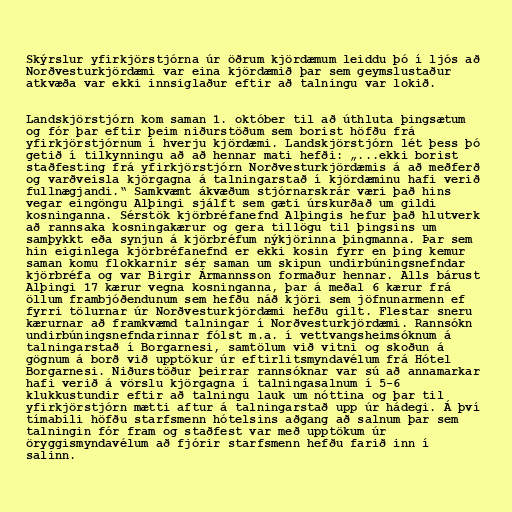
Skýrslur yfirkjörstjórna úr öðrum kjördæmum leiddu þó í ljós að
Norðvesturkjördæmi var eina kjördæmið þar sem geymslustaður
atkvæða var ekki innsiglaður eftir að talningu var lokið.

Landskjörstjórn kom saman 1. október til að úthluta þingsætum
og fór þar eftir þeim niðurstöðum sem borist höfðu frá
yfirkjörstjórnum í hverju kjördæmi. Landskjörstjórn lét þess þó
getið í tilkynningu að að hennar mati hefði: „...ekki borist
staðfesting frá yfirkjörstjórn Norðvesturkjördæmis á að meðferð
og varðveisla kjörgagna á talningarstað í kjördæminu hafi verið
fullnægjandi.“ Samkvæmt ákvæðum stjórnarskrár væri það hins
vegar eingöngu Alþingi sjálft sem gæti úrskurðað um gildi
kosninganna. Sérstök kjörbréfanefnd Alþingis hefur það hlutverk
að rannsaka kosningakærur og gera tillögu til þingsins um
samþykkt eða synjun á kjörbréfum nýkjörinna þingmanna. Þar sem
hin eiginlega kjörbréfanefnd er ekki kosin fyrr en þing kemur
saman komu flokkarnir sér saman um skipun undirbúningsnefndar
kjörbréfa og var Birgir Ármannsson formaður hennar. Alls bárust
Alþingi 17 kærur vegna kosninganna, þar á meðal 6 kærur frá
öllum frambjóðendunum sem hefðu náð kjöri sem jöfnunarmenn ef
fyrri tölurnar úr Norðvesturkjördæmi hefðu gilt. Flestar sneru
kærurnar að framkvæmd talningar í Norðvesturkjördæmi. Rannsókn
undirbúningsnefndarinnar fólst m.a. í vettvangsheimsóknum á
talningarstað í Borgarnesi, samtölum við vitni og skoðun á
gögnum á borð við upptökur úr eftirlitsmyndavélum frá Hótel
Borgarnesi. Niðurstöður þeirrar rannsóknar var sú að annamarkar
hafi verið á vörslu kjörgagna í talningasalnum í 5-6
klukkustundir eftir að talningu lauk um nóttina og þar til
yfirkjörstjórn mætti aftur á talningarstað upp úr hádegi. Á því
tímabili höfðu starfsmenn hótelsins aðgang að salnum þar sem
talningin fór fram og staðfest var með upptökum úr
öryggismyndavélum að fjórir starfsmenn hefðu farið inn í
salinn.